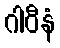
ဂါဝီနံ